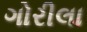
ગોરીલા